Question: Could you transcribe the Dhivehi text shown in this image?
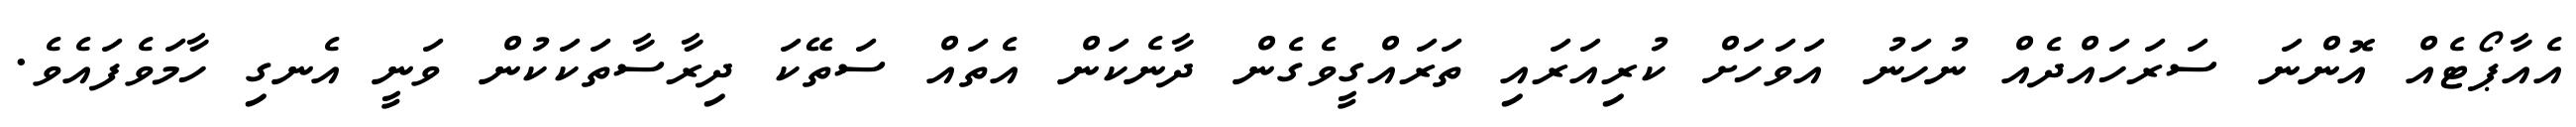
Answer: އެއާޕޯޓެއް އޮންނަ ސަރަހައްދެއް ނުހަނު އަވަހަށް ކުރިއަރައި ތަރައްގީވެގެން ދާނެކަން އެތައް ސަތޭކަ ދިރާސާތަކަކުން ވަނީ އެނގި ހާމަވެފައެވެ.